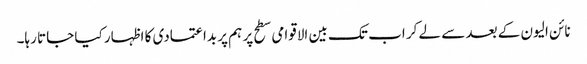
نائن الیون کے بعد سے لے کر اب تک بین الاقوامی سطح پر ہم پر بداعتمادی کا اظہار کیا جاتا رہا۔